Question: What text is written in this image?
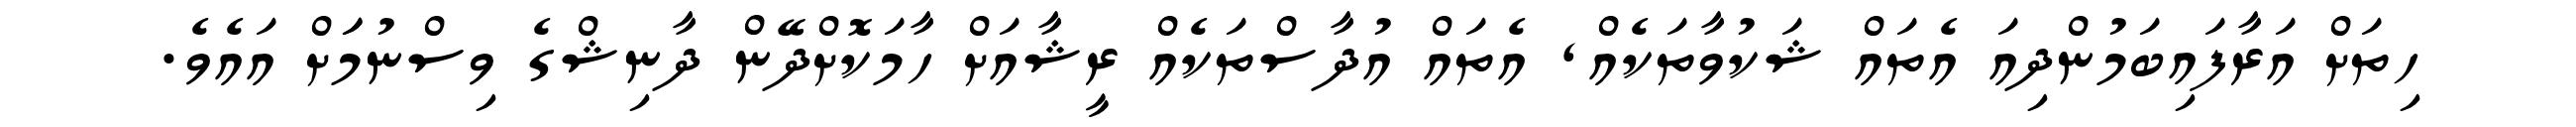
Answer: ހިތަށް އަރާފައިބަމުންދިއަ އެތައް ޝަކުވާތަކެއް, އެތައް އުދާސްތަކެއް ރީޝާއަށް ހާމަކޮށްދޭން ދާނިޝްގެ ވިސްނުމަަށް އައެވެ.